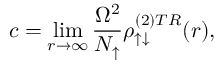
c = \operatorname* { l i m } _ { r \rightarrow \infty } \frac { \Omega ^ { 2 } } { N _ { \uparrow } } \rho _ { \uparrow \downarrow } ^ { ( 2 ) T R } ( r ) ,